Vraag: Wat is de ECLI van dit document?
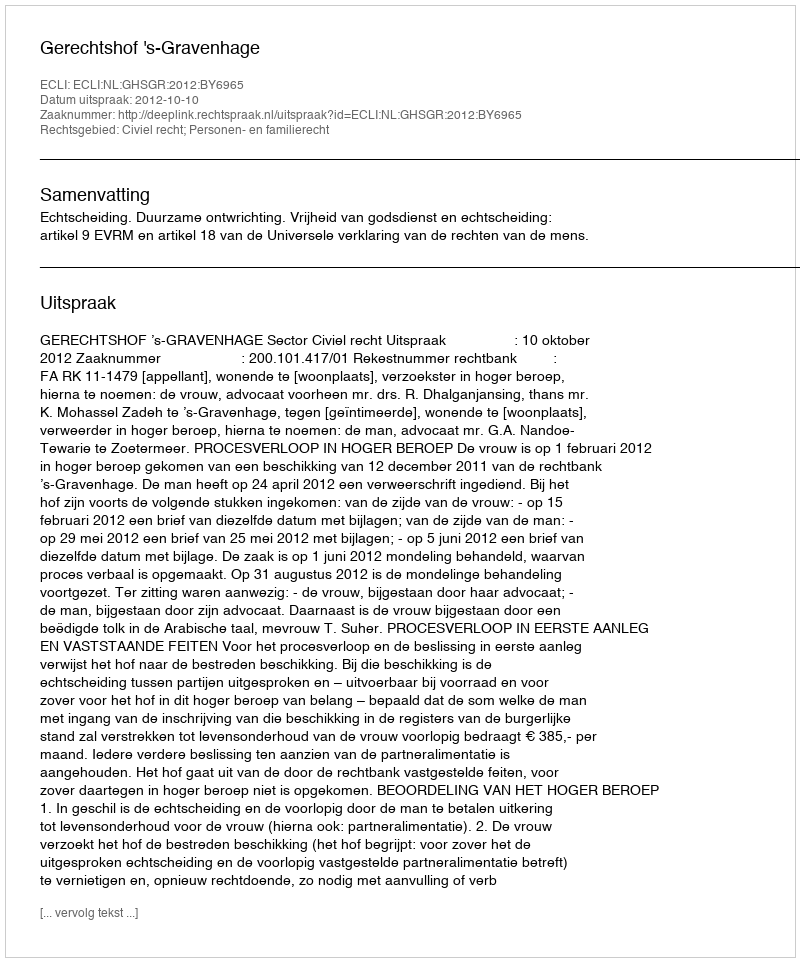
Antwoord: ECLI:NL:GHSGR:2012:BY6965